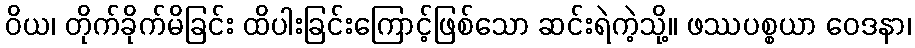
ဝိယ၊ တိုက်ခိုက်မိခြင်း ထိပါးခြင်းကြောင့်ဖြစ်သော ဆင်းရဲကဲ့သို့။ ဖဿပစ္စယာ ဝေဒနာ၊